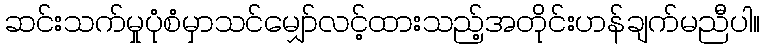
ဆင်းသက်မှုပုံစံမှာသင်မျှော်လင့်ထားသည့်အတိုင်းဟန်ချက်မညီပါ။